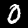
Digit: 0